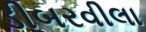
ડીબરવીલા